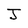
Character: J